Rangoon Lunatic Asylum 1898-1906 - 1898-1906
Year: 1898
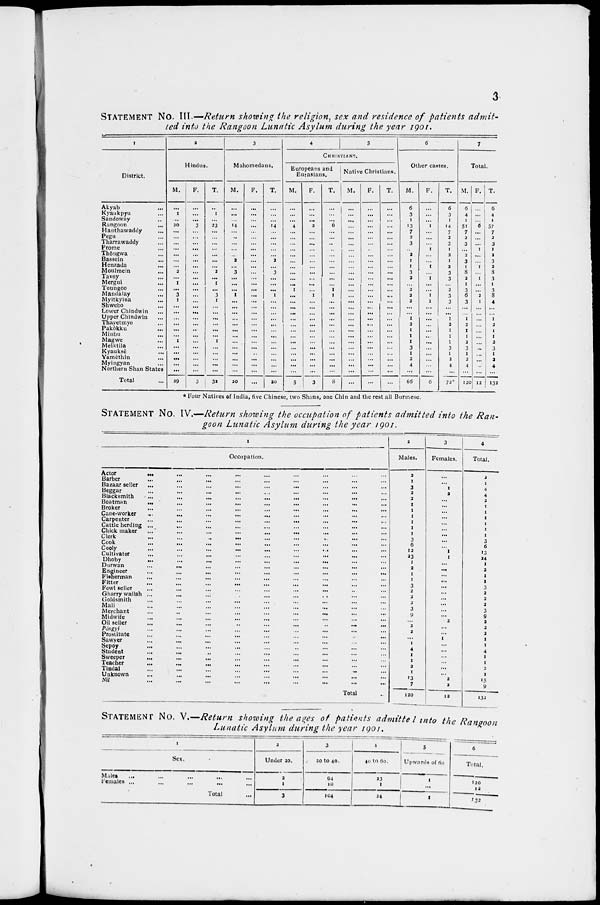
3
STATEMENT No. III.— Return showing the religion, sex and residence of patients admit-
ted into the Rangoon Lunatic Asylum during the year 1901.
1
District.
Akyab ...
Kyaukpyu ...
Sandoway ...
Rangoon ...
Hanthawaddy ...
Pegu ...
Tharrawaddy ...
Prome ...
Thôngwa ...
Bassein ...
Henzada ...
Moulmein ...
Tavoy ...
Mergui ...
Toungoo ...
Mandalay ...
Myitkyina ...
Shwebo ...
Lower Chindwin ...
Upper Chindwin ...
Thayetmyo ...
Pakôku ...
Minbu ...
Magwe ...
Melktila ...
Kyauksè ...
Yamèthin ...
Myingyan ...
Northern Shan States
Total ...
2
Hindus.
M.
...
1
...
20
...
...
...
...
...
...
...
2
...
1
...
3
1
...
...
...
...
...
...
1
...
...
...
...
...
29
F.
...
...
...
3
...
...
...
...
...
...
...
...
...
...
...
...
...
...
...
...
...
...
...
...
...
...
...
...
...
3
T.
...
1
...
23
...
...
...
...
...
...
...
2
...
1
...
3
1
...
...
...
...
...
...
1
...
...
...
...
...
32
3
Mahomedans.
M.
...
...
...
14
...
...
...
...
...
2
...
3
...
...
...
1
...
...
...
...
...
...
...
...
...
...
...
...
...
20
F.
...
...
...
...
...
...
...
...
...
...
...
...
...
...
...
...
...
...
...
...
...
...
...
...
...
...
...
...
...
...
T.
...
...
...
14
...
...
...
...
...
2
...
3
...
...
...
1
...
...
...
...
...
...
...
...
...
...
...
...
...
20
4
5
CHRISTIANS.
Europeans and
Eurasians.
M.
...
...
...
4
...
...
...
...
...
...
...
...
...
...
1
...
...
...
...
...
...
...
...
...
...
...
...
...
...
5
F.
...
...
...
2
...
...
...
...
...
...
...
...
...
...
...
1
...
...
...
...
...
...
...
...
...
...
...
...
...
3
T.
...
...
...
6
...
...
...
...
...
...
...
...
...
...
1
1
...
...
...
...
...
...
...
...
...
...
...
...
...
8
Native Christians.
M.
...
...
...
...
...
...
...
...
...
...
...
...
...
...
...
...
...
...
...
...
...
...
...
...
...
...
...
...
...
...
F.
...
...
...
...
...
...
...
...
...
...
...
...
...
...
...
...
...
...
...
...
...
...
...
...
...
...
...
...
...
...
T.
...
...
...
...
...
...
...
...
...
...
...
...
...
...
...
...
...
...
...
...
...
...
...
...
...
...
...
...
...
...
6
Other castes.
M.
6
3
1
13
7
2
3
...
2
1
1
3
2
...
2
2
2
...
...
1
2
1
1
1
3
1
2
4
...
66
F.
...
...
...
1
...
...
...
1
...
...
1
...
1
...
...
1
1
...
...
...
...
...
..
...
...
...
...
...
...
6
T.
6
3
1
14
7
2
3
1
2
1
2
3
3
...
2
3
3
...
...
1
2
1
1
1
3
1
2
4
...
72*
7
Total.
M.
6
4
1
51
7
2
3
...
2
3
1
8
2
1
3
6
3
...
...
1
2
1
1
2
3
1
2
4
...
120
F.
...
...
...
6
...
...
...
1
...
...
1
...
1
...
...
2
1
...
...
...
...
...
...
...
...
...
...
...
...
12
T.
6
4
1
57
7
2
3
1
2
3
2
8
3
1
3
8
4
...
...
1
2
1
1
2
3
1
2
4
...
132
* Four Natives of India, five Chinese, two Shans, one Chin and the rest all Burmese.
STATEMENT NO. IV.—Return showing the occupation of patients admitted into the Ran-
goon Lunatic Asylum during the year 1901.
1
Occupation.
Actor
... ... ... ... ... ... ... ... ...
Barber ... ... ... ... ... ... ... ... ...
Bazaar seller ... ... ... ... ... ... ... ... ...
Beggar ... ... ... ... ... ... ... ... ...
Blacksmith
...
...
...
...
...
...
...
...
...
Boatman ... ... ... ... ... ... ... ... ...
Broker ... ... ... ... ... ... ... ... ...
Cane-worker
...
...
...
...
...
...
...
...
...
Carpenter ... ... ... ... ... ... ... ... ...
Cattle herding ... ... ... ... ... ... ... ... ...
Chick maker ... ... ... ... ... ... ... ... ...
Clerk ... ... ... ... ... ... ... ... ...
Cook ... ... ... ... ... ... ... ... ...
Cooly ... ... ... ... ... ... ... ... ...
Cultivator ... ... ... ... ... ... ... ... ...
Dhoby ... ... ... ... ... ... ... ... ...
Durwan ... ... ... ... ... ... ... ... ...
Engineer
...
...
...
...
...
...
...
...
...
Fisherman ... ... ... ... ... ... ... ... ...
Fitter ... ... ... ... ... ... ... ... ...
Fowl seller ... ... ... ... ... ... ... ... ...
Gharry wallah ... ... ... ... ... ... ... ... ...
Goldsmith ... ... ... ... ... ... ... ... ...
Mali ... ... ... ... ... ... ... ... ...
Merchant
...
...
...
...
...
...
...
...
...
Midwife ... ... ... ... ... ... ... ... ...
Oil seller
...
...
...
...
...
...
...
...
...
Póngyi ... ... ... ... ... ... ... ... ...
Prostitute ... ... ... ... ... ... ... ... ...
Sawyer ... ... ... ... ... ... ... ... ...
Sepoy ... ... ... ... ... ... ... ... ...
Student ... ... ... ... ... ... ... ... ...
Sweeper ... ... ... ... ... ... ... ... ...
Teacher ... ... ... ... ... ... ... ... ...
Tindal ... ... ... ... ... ... ... ... ...
Unknown ... ... ... ... ... ... ... ... ...
Nil ... ... ... ... ... ... ... ... ...
Total ...
2
Males.
2
1
3
2
2
1
1
1
1
1
1
3
6
12
23
1
2
1
1
3
2
2
2
3
9
...
2
2
...
1
4
1
1
2
1
13
7
120
3
Females.
...
...
1
2
...
...
...
...
...
...
...
...
...
1
1
...
...
...
...
...
...
...
...
...
...
2
...
...
1
...
...
...
...
...
...
2
2
12
4
Total.
2
1
4
4
2
1
1
1
1
1
1
3
6
13
24
1
2
1
1
3
2
2
2
3
9
2
2
2
1
1
4
1
1
2
1
15
9
132
STATEMENT NO. V.—Return showing the ages of patients admitted into the Rangoon
Lunatic Asylum during the year 1901.
1
Sex.
Males ... ... ... ... ...
Females
...
...
...
...
...
Total ...
2
Under 20.
2
1
3
3
20 to 40.
94
10
104
4
40 to 60.
23
1
24
5
Upwards of 60
1
...
1
6
Total.
120
12
132